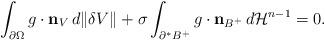
LaTeX: \begin{align*}\int_{\partial \Omega} g\cdot {\mathbf n}_V\, d\|\delta V\|+\sigma\int_{\partial^* B^+}g\cdot \mathbf n_{B^+}\, d\mathcal H^{n-1}=0.\end{align*}